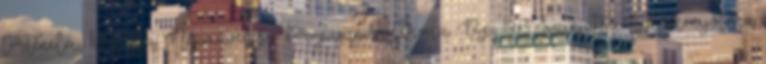
történelmi komédia; Népművelési Propaganda Iroda, Bp., 1973 Színjátszók kiskönyvtára